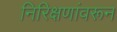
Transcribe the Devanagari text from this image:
निरिक्षणांवरून